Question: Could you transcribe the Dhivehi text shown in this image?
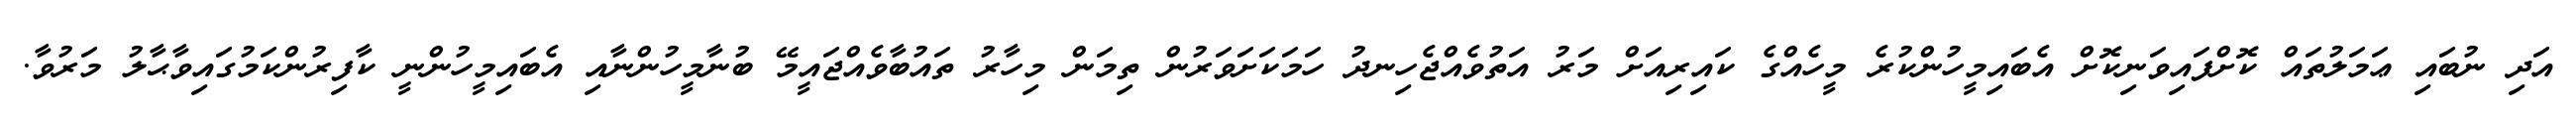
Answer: އަދި ނުބައި ޢަމަލުތައް ކޮށްފައިވަނިކޮށް އެބައިމީހުންކުރެ މީހެއްގެ ކައިރިއަށް މަރު އަތުވެއްޖެހިނދު ހަމަކަށަވަރުން ތިމަން މިހާރު ތައުބާވެއްޖައީމޭ ބުނާމީހުންނާއި އެބައިމީހުންނީ ކާފިރުންކަމުގައިވާޙާލު މަރުވާ.